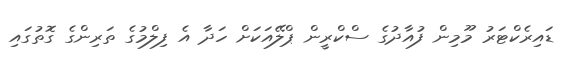
ޑައިރެކްޓަރު މޫމިން ފުއާދުގެ ސްކްރީން ޕްލޭއަކަށް ހަދާ އެ ފިލްމުގެ ތަރިންގެ ގޮތުގައި